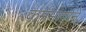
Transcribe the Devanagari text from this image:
कर्ममार्गाने